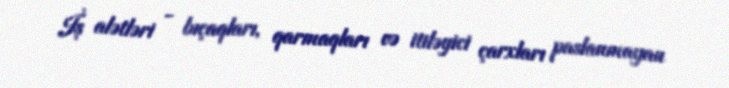
İş alətləri - bıçaqları, qarmaqları və itiləyici çarxları paslanmayan